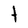
Character: t